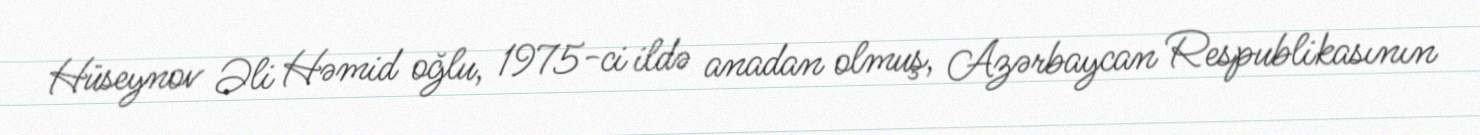
Hüseynov Əli Həmid oğlu, 1975-ci ildə anadan olmuş, Azərbaycan Respublikasının